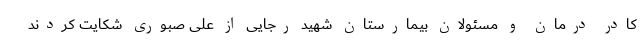
کادر درمان و مسئولان بیمارستان شهید رجایی از علی صبوری شکایت کردند